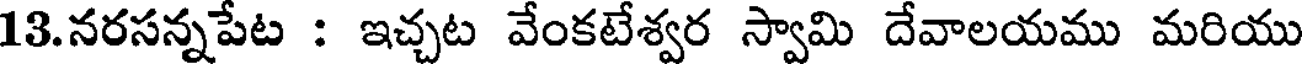
13.నరసన్నపేట : ఇచ్చట వేంకటేశ్వర స్వామి దేవాలయము మరియు